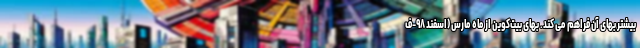
بیشتر بهای آن فراهم می کند. بهای بیت‌کوین از ماه مارس (اسفند ۹۸-ف